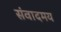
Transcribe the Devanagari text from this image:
संवादमय